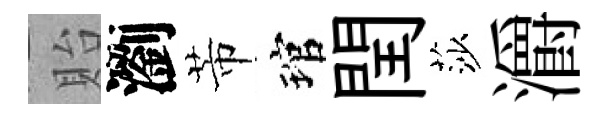
貽瀏芾琯閏莎灂